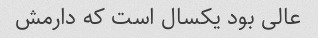
عالی بود یکسال است که دارمش